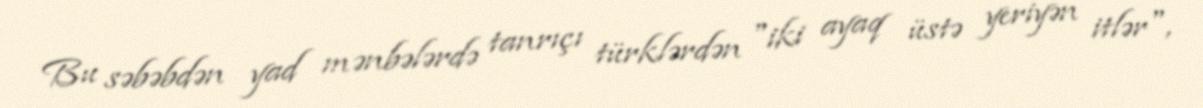
Bu səbəbdən yad mənbələrdə tanrıçı türklərdən "iki ayaq üstə yeriyən itlər",